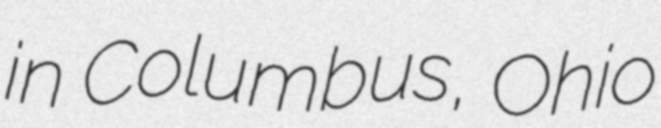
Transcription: in Columbus, Ohio